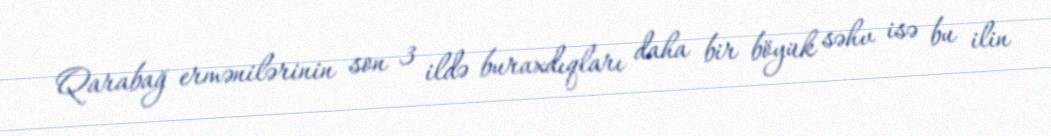
Qarabağ ermənilərinin son 3 ildə buraxdıqları daha bir böyük səhv isə bu ilin